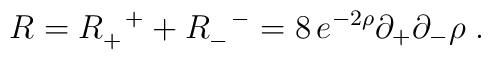
R=R_+^{\ \ +}+R_-^{\ \ -}=8\,e^{-2\rho}\partial_+\partial_-\rho\;.